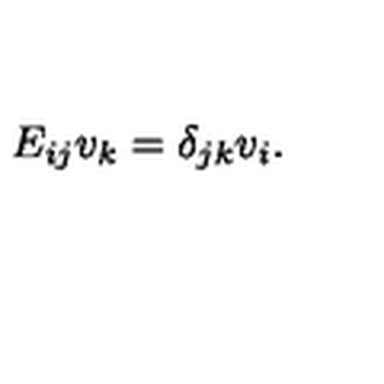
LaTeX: E _ { i j } v _ { k } = \delta _ { j k } v _ { i } .